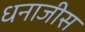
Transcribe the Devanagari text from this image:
धनाजीस